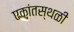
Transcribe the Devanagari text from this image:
एकांतस्थळी